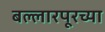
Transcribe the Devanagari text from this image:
बल्लारपूरच्या